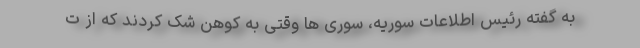
به گفته رئیس اطلاعات سوریه، سوری ها وقتی به کوهن شک کردند که از ت